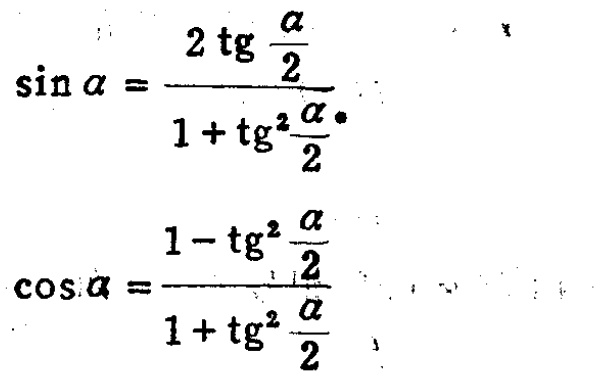
\[\sin \alpha = \frac{2 \tg \frac{\alpha}{2}}{1 + \tg^{2}\frac{\alpha}{2}}\]

\[\cos \alpha = \frac{1 - \tg^{2}\frac{\alpha}{2}}{1 + \tg^{2}\frac{\alpha}{2}}\]